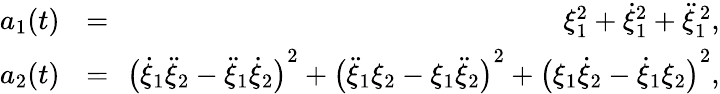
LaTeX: \begin{array}{rlr}{a_{1}(t)}&{{}\! \! =\! \! }&{\xi_{1}^{2}+\dot{\xi}_{1}^{2}+\ddot{\xi}_{1}^{\, 2},}\\ {a_{2}(t)}&{{}\! \! =\! \! }&{{\big(\dot{\xi}_{1}\ddot{\xi}_{2}-\ddot{\xi}_{1}\dot{\xi}_{2}\big)}^{2}+{\big(\ddot{\xi}_{1}\xi_{2}-\xi_{1}\ddot{\xi}_{2}\big)}^{2}+{\big(\xi_{1}\dot{\xi}_{2}-\dot{\xi}_{1}\xi_{2}\big)}^{2},}\end{array}